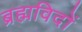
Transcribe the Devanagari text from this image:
ब्रह्मविदों